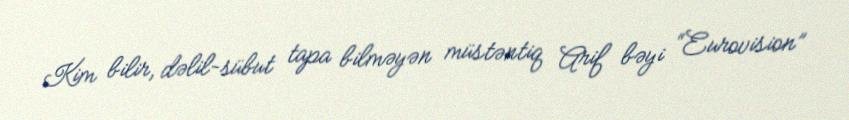
Kim bilir, dəlil-sübut tapa bilməyən müstəntiq Arif bəyi “Eurovision”